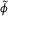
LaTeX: \; { \widetilde { \phi } }